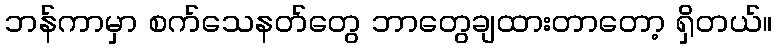
ဘန်ကာမှာ စက်သေနတ်တွေ ဘာတွေချထားတာတော့ ရှိတယ်။